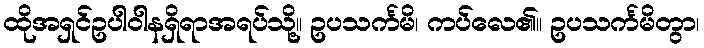
ထိုအရှင်ဥပါဝါနရှိရာအရပ်သို့။ ဥပသင်္ကမိ၊ ကပ်လေ၏။ ဥပသင်္ကမိတွာ၊